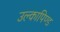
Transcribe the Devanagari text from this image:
उल्‍कापिण्‍ड